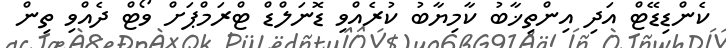
ކެންޑިޑޭޓް އަދި އިންތިޚާބު ކާމިޔާބު ކުރެއްވި ޑޮނަލްޑް ޓްރަމްޕަށް ވޯޓް ދެއްވި ތިން